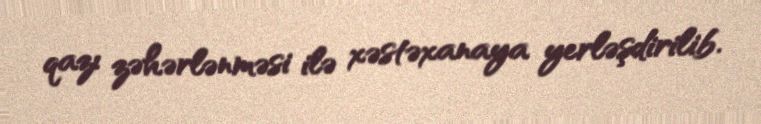
qazı zəhərlənməsi ilə xəstəxanaya yerləşdirilib.